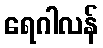
ရေဂါလန်